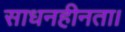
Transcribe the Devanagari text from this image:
साधनहीनता।